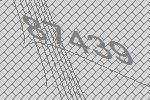
87439